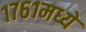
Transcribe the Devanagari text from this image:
१७६१मध्ये